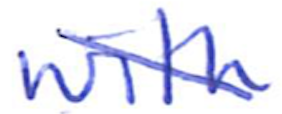
Text: with
Cross-out: diagonal
Writing tool: ballpoint